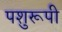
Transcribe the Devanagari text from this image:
पशुरूपी